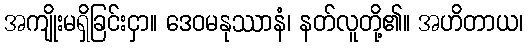
အကျိုးမရှိခြင်းငှာ။ ဒေဝမနုဿာနံ၊ နတ်လူတို့၏။ အဟိတာယ၊